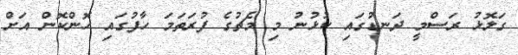
ގަލޮޅު ރަސްމީ ދަނޑުގައި ކުޅުނު މި މެޗުގެ ފުރަތަމަ ހާފުގައި ހޮންކޮން އަށް